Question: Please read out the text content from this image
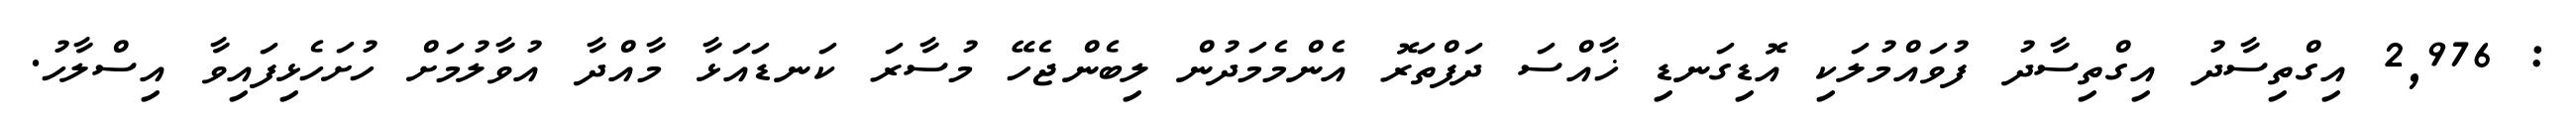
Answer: : 2,976 އިގްތިސާދު އިގްތިސާދު ފުވައްމުލަކި އޮޑިގަނޑި ޚާއްސަ ދަފްތަރޮ އެންމެމަދުން ލިބެންޖެހޭ މުސާރަ ކަނޑައަޅާ މާއްދާ އުވާލުމަށް ހުށަހެޅިފައިވާ އިސްލާހު.